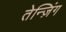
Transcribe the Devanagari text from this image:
तेन्ज़िंग